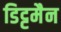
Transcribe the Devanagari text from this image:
डिट्टमैन